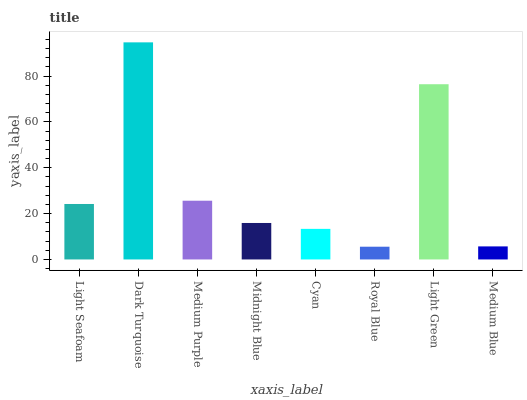
| xaxis_label | bars |
 | --- | --- |
 | Light Seafoam | 24.2 |
 | Dark Turquoise | 94.7 |
 | Medium Purple | 25.6 |
 | Midnight Blue | 15.9 |
 | Cyan | 13.3 |
 | Royal Blue | 5.56 |
 | Light Green | 76.5 |
 | Medium Blue | 5.7 |